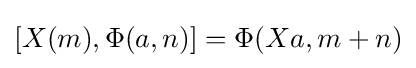
[X(m),\Phi (a,n)]=\Phi (Xa,m+n)